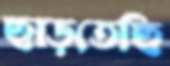
ছাড়তেছি